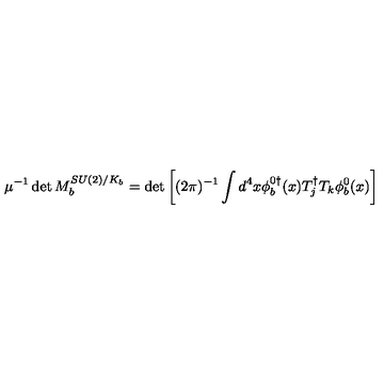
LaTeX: \mu ^ { - 1 } \det M _ { b } ^ { S U ( 2 ) / K _ { b } } = \det \left[ ( 2 \pi ) ^ { - 1 } \int d ^ { 4 } x \phi _ { b } ^ { 0 \dagger } ( x ) T _ { j } ^ { \dagger } T _ { k } \phi _ { b } ^ { 0 } ( x ) \right]